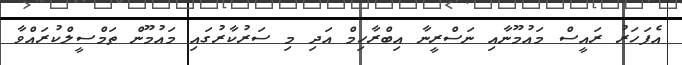
އެފަހަރު ރައީސް މައުމޫނާއި ނަސްރީނާ އިބްރާހިމް އަދި މި ސަރުކާރުގައި މައުމޫން ތަމްސީލްކުރައްވާ